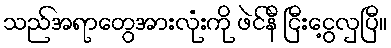
သည်အရာတွေအားလုံးကို ဖဲင်နီ ငြီးငွေ့လှပြီ။